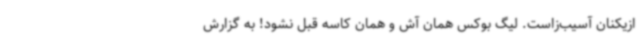
ازیکنان آسیب‌زاست. لیگ بوکس همان آش و همان کاسه قبل نشود! به گزارش